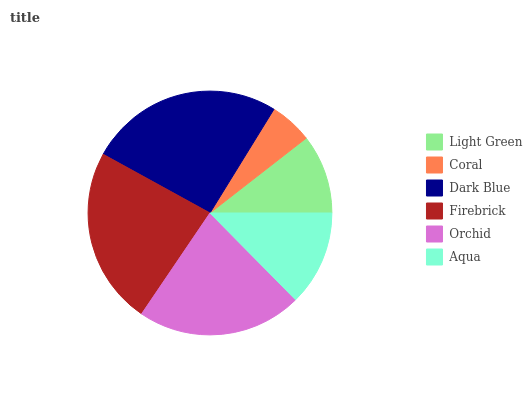
| Light Green | Coral | Dark Blue | Firebrick | Orchid | Aqua |
 | --- | --- | --- | --- | --- | --- |
 | 10.5% | 5.68% | 25.8% | 23.6% | 21.8% | 12.6% |